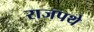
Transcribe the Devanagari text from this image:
राजपथे